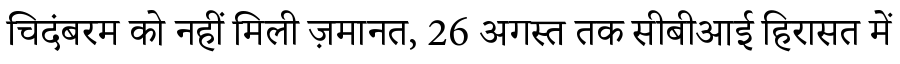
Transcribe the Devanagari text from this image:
चिदंबरम को नहीं मिली ज़मानत, 26 अगस्त तक सीबीआई हिरासत में